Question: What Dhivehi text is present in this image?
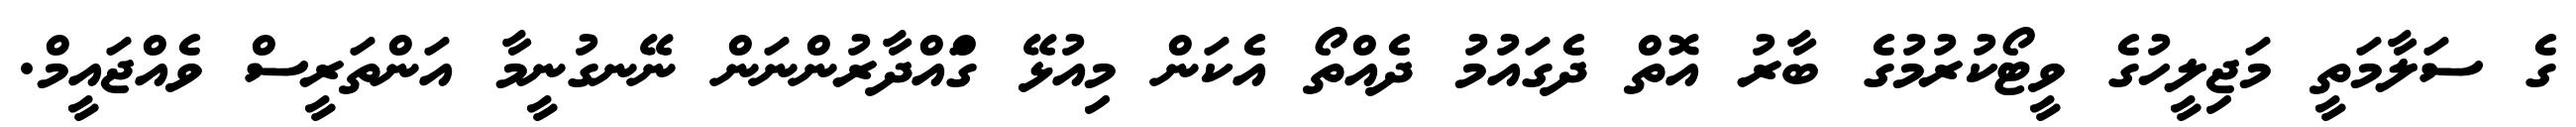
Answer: ގެ ސަލާމަތީ މަޖިލީހުގެ ވީޓޯކުރުމުގެ ބާރު އޮތް ދެގައުމު ދެއްތޯ އެކަން މިއުޅޭ ގަްއްދާރުންނަން ނޭނގުނީމާ އަންތަރީސް ވެއްޖައީމް.